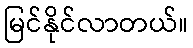
မြင်နိုင်လာတယ်။